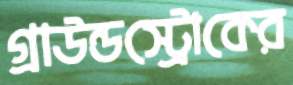
গ্রাউন্ডস্ট্রোকের